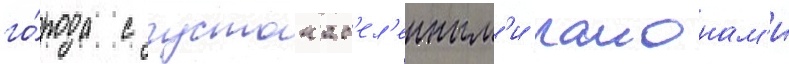
го́рода с густонас'ел'енным'и раионам'и